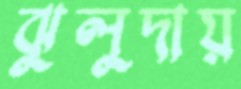
ঝুলুদায়